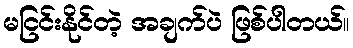
မငြင်းနိုင်တဲ့ အချက်ပဲ ဖြစ်ပါတယ်။